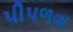
પીપળવા